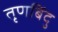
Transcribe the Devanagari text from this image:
तृणबिंदु